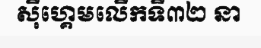
ស៊ីហ្គេមលើកទី៣២ នា